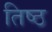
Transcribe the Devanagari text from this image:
तिष्ठ